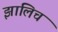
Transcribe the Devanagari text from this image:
झालिच